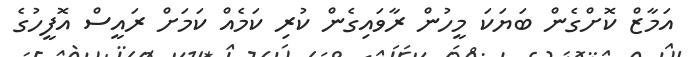
އަމާޒް ކޮށްގެން ބަޔަކަ މީހުން ރާވައިގެން ކުރި ކަމެއް ކަމަށް ރައީސް އޮފީހުގެ